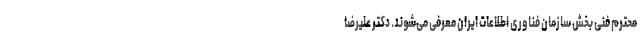
محترم فنی بخش سازمان فناوری اطلاعات ایران معرفی می‌شوند. دکتر علیرضا